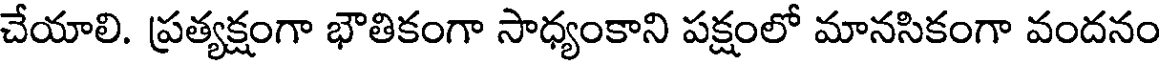
చేయాలి. ప్రత్యక్షంగా భౌతికంగా సాధ్యంకాని పక్షంలో మానసికంగా వందనం